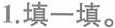
1.填一填。